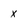
Character: x